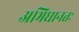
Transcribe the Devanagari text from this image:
अभिधानतः